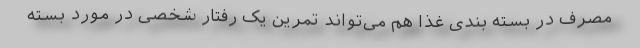
مصرف در بسته بندی غذا هم می‌تواند تمرین یک رفتار شخصی در مورد بسته